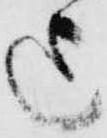
迄